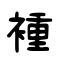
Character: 褈